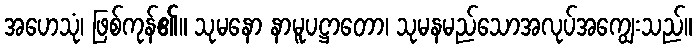
အဟေသုံ၊ ဖြစ်ကုန်၏။ သုမနော နာမူပဋ္ဌာတော၊ သုမနမည်သောအလုပ်အကျွေးသည်။